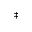
^ \ddag